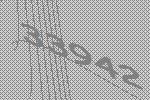
33942